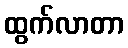
ထွက်လာတာ